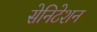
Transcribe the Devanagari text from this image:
सेनिटेशन